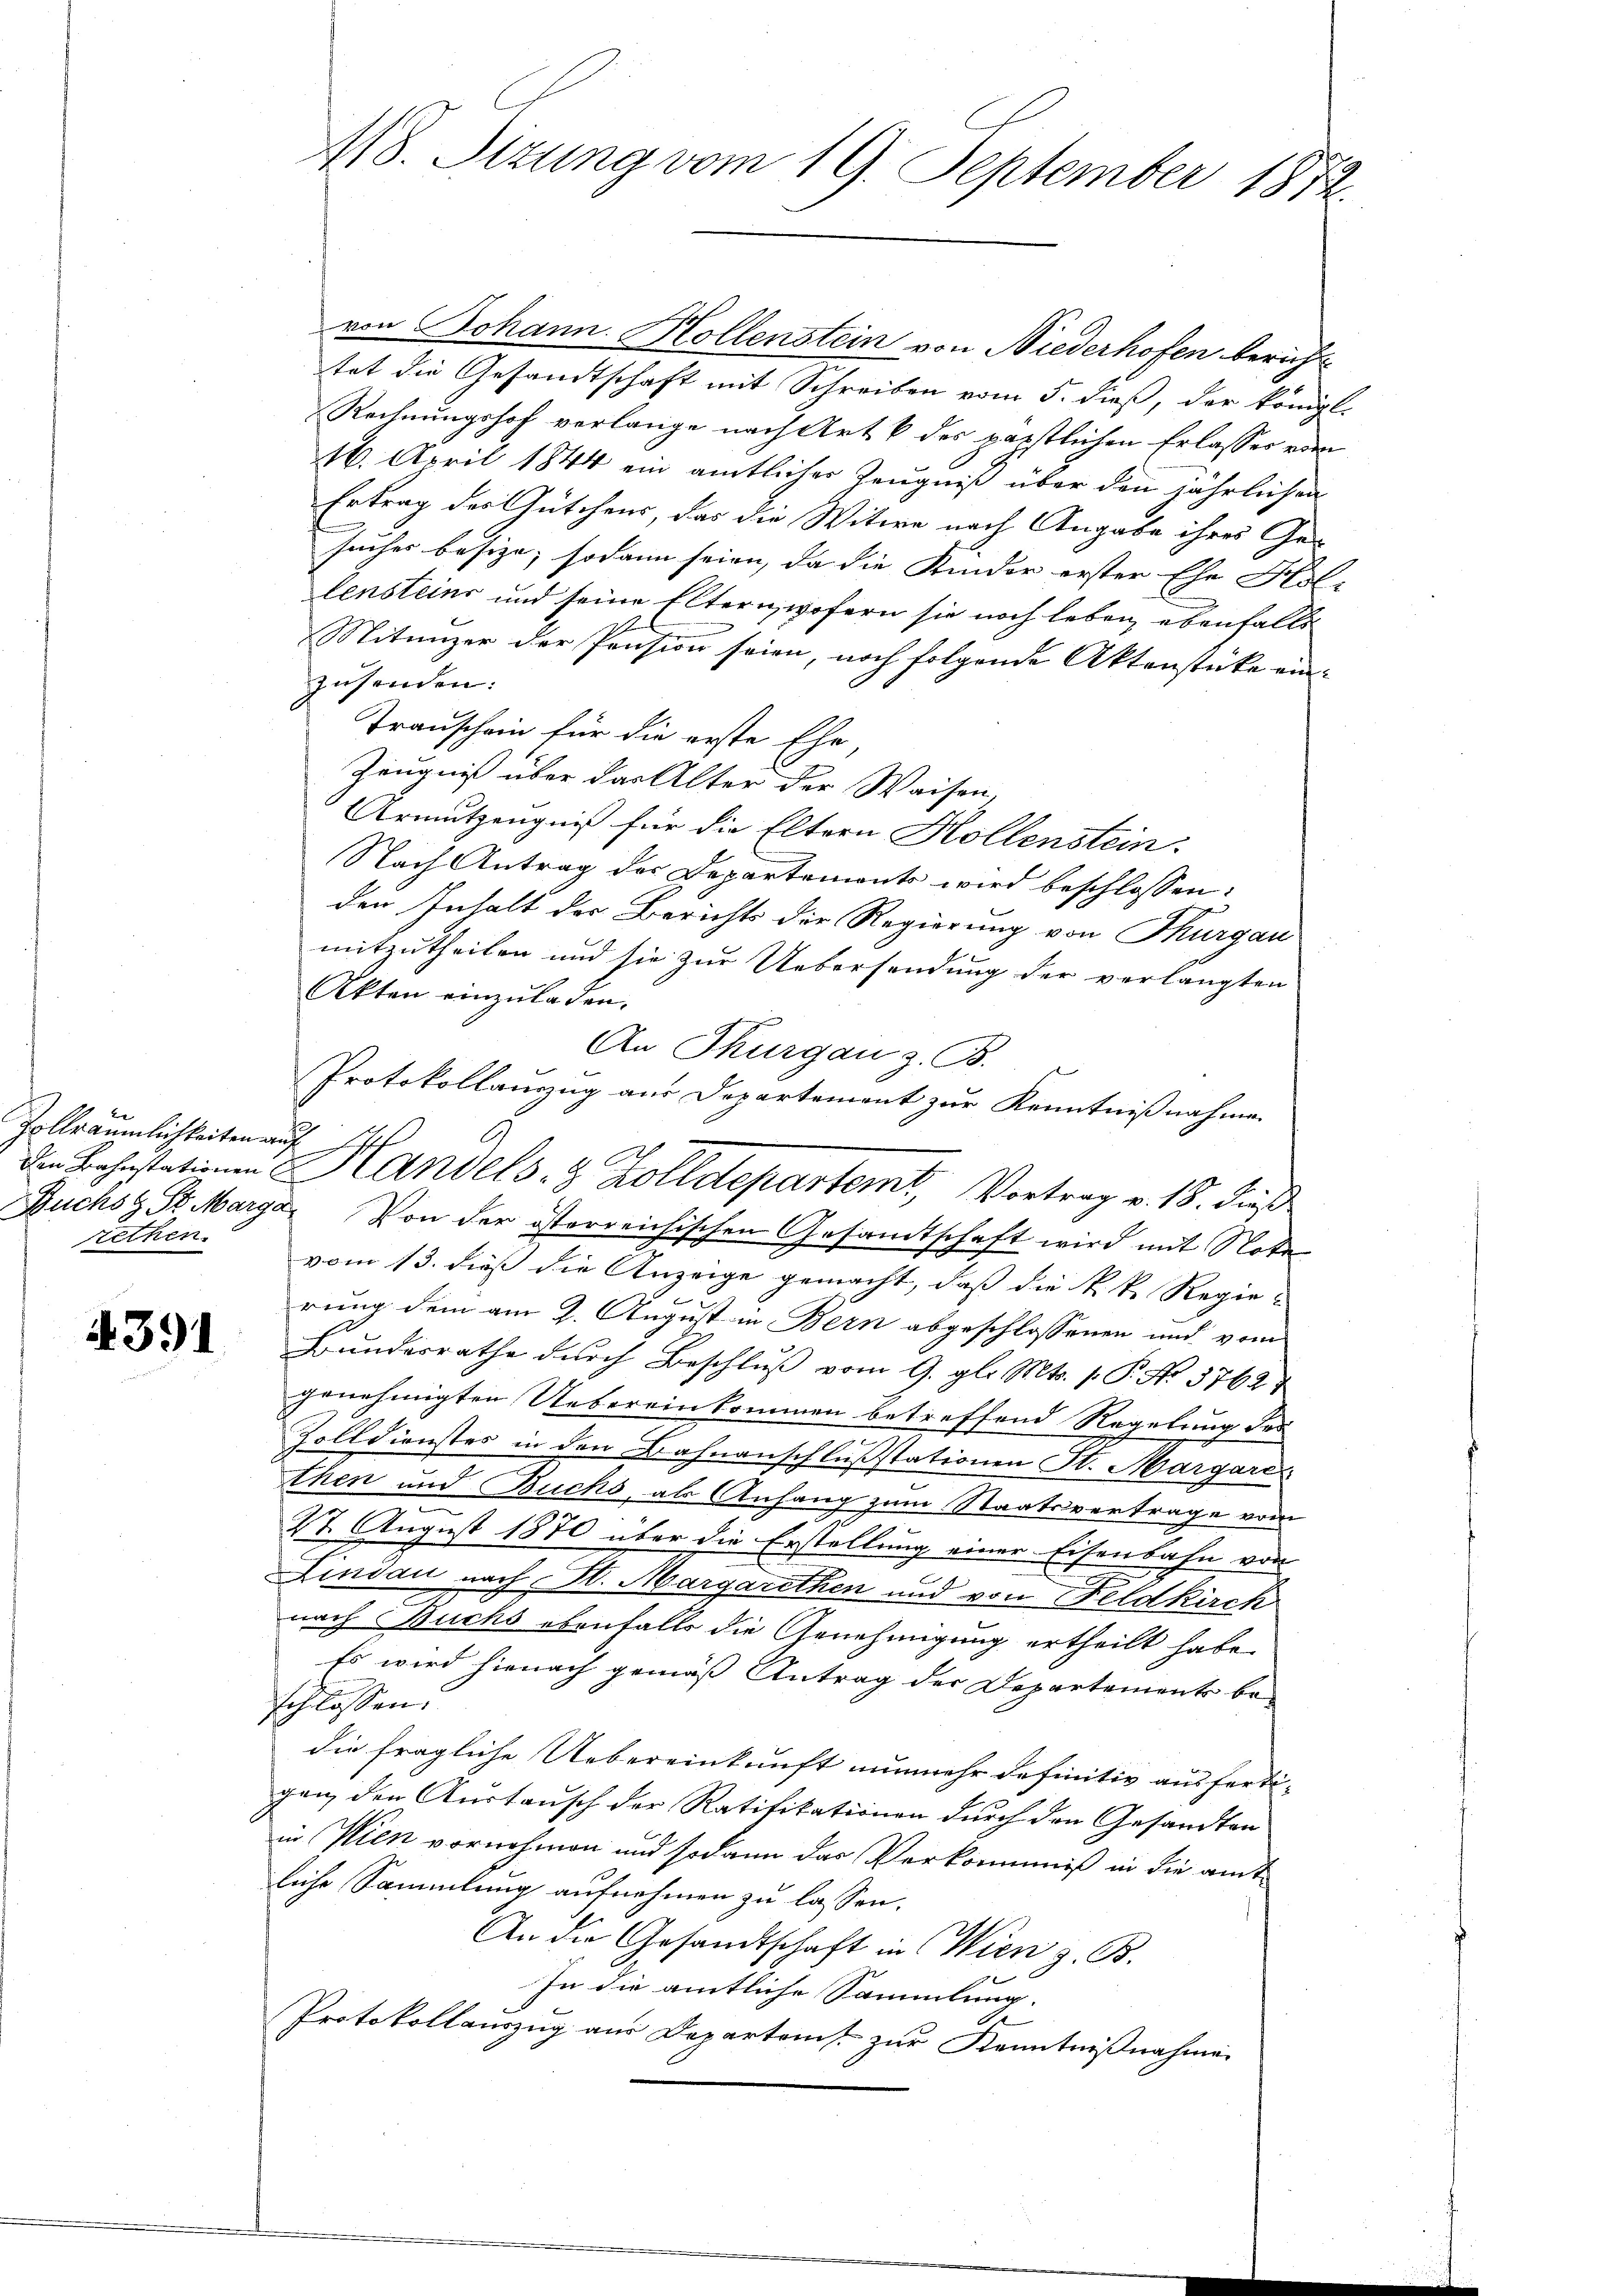
Zollräumlichkeiten auf
rethen.

4391

von Johann Hollenstein von Niederhofen bericht
tet die Gesandtschaft mit Schreiben vom 5. dieß, der königl.
Rechnungshof verlange nach Art. 6 des päpstlichen Erlasses vom
16. April 1844 ein amtlicher Zeugniß über den jährlichen
Ertrag der Gütchens, das die Witwe nach Angabe ihres Gesucher besize; sodann seien, da die Kinder erster Ehe Holz
tensteins und seine Eltern, wofern sie noch leben, ebenfalls
Mitunzer der Pension seien, noch folgende Aktenstücke ein- |
zusenden:
Transchein für die erste Ehe
Zeugniß über das Alter der Waisen,
Armutzengniß für die Eltern Hollenstein.
Nach Antrag der Departements wird beschlossen:
den Inhalt der Berichts der Regierung von Thurgau
mitzutheilen und sie zur Uebersendung der verlangten
Akten einzuladen.
An Thurgau z. B.
Protokollauszug aus Departement zur Kenntnißnahme
Buchs St. Marga Von der österreichischen Gesamtschaft wird mit Note
vom 13. dieß die Anzeige gemacht, daß die k. k. Regie-
rung dem am 2. August in Bern abgeschlossenen und vom
Bundesrathe durch Beschluß vom 9. gl. Mts. 1. P. No. 3762
genehmigten Uebereinkommen betreffend Regelung des
Zolldienstes in den Bahnanschlußstationen St. Margare
then und Buchs, als Anfang zum Staatsvertrage vom
u
27. August 1870 über die Erstellung einer Eisenbahn von
Lindau nach St. Margarethen und von Feldkirch
nach Buchs ebenfalls die Genehmigung ertheilt habe.
Es wird hienach gemäß Antrag der Departement be-
schlossen.
die fragliche Uebereinkunft nunmehr definitiv ausfertigen, den Austausch der Ratifikationen durch den Gesandten
in Wien vornehmen und sodann das Verkommniß in die amt
liche Sammlung aufnehmen zu lassen.
An die Gesandtschaft in Wien z. B.
In die amtliche Sammlung.
Protokollauszug aus Departonis zur Kenntnißnahme

418. Sizung vom 19. September 1872.

die Bahnstationen Handels- & Zolldepartemt, Vortrag v. 18. dieß